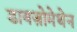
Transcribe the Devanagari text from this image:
डायज़ोमेथेन